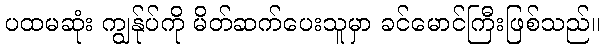
ပထမဆုံး ကျွန်ုပ်ကို မိတ်ဆက်ပေးသူမှာ ခင်မောင်ကြီးဖြစ်သည်။